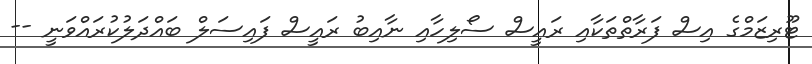
ޓޫރިޒަމްގެ އިސް ފަރާތްތަކާއި ރައީސް ސޯލިހާއި ނާއިބު ރައީސް ފައިސަލް ބައްދަލުކުރައްވަނީ --